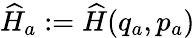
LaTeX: {\widehat{H}_{a}:=\widehat{H}(q_{a},p_{a})}